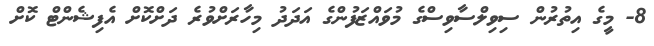
8- މީގެ އިތުރުން ސިވިލްސާވިސްގެ މުވައްޒަފުންގެ އަދަދު މިހާރަށްވުރެ ދަށްކޮށް އެފިޝެންޓް ކޮށް